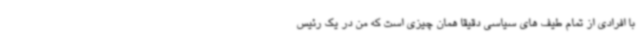
با افرادی از تمام طیف های سیاسی دقیقا همان چیزی است که من در یک رئیس